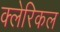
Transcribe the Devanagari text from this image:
क्लेरिकल